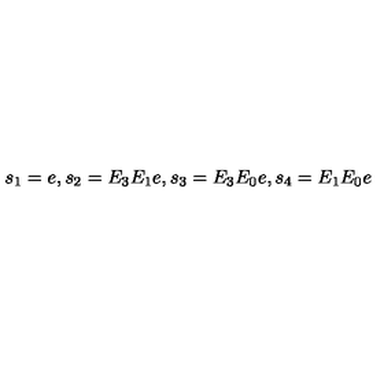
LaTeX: s _ { 1 } = e , s _ { 2 } = E _ { 3 } E _ { 1 } e , s _ { 3 } = E _ { 3 } E _ { 0 } e , s _ { 4 } = E _ { 1 } E _ { 0 } e